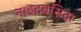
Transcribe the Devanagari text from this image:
नाइदबसिदा